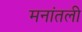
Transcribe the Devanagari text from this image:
मनांतली